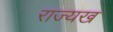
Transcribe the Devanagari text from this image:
राज्यख